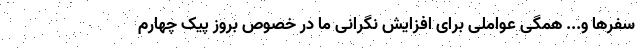
سفرها و... همگی عواملی برای افزایش نگرانی ما در خصوص بروز پیک چهارم